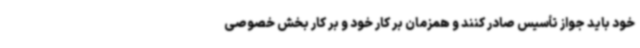
خود باید جواز تأسیس صادر کنند و همزمان بر کار خود و بر کار بخش خصوصی